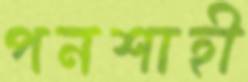
পনশাহী